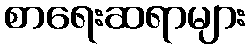
စာရေးဆရာများ